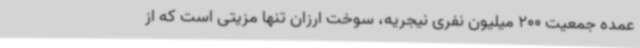
عمده جمعیت 200 میلیون نفری نیجریه، سوخت ارزان تنها مزیتی است که از